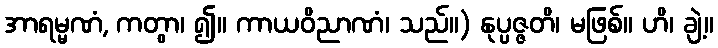
အာရမ္မဏံ, ကတွာ၊ ၍။ ကာယဝိညာဏံ၊ သည်။) နုပ္ပဇ္ဇတိ၊ မဖြစ်။ ဟိ၊ ချဲ့။